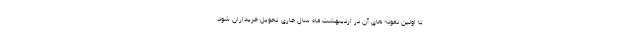
تا اولین نمونه های آن در اردیبهشت ماه سال جاری تحویل خریداران شود.